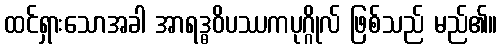
ထင်ရှားသောအခါ အာရဒ္ဓဝိပဿကပုဂ္ဂိုလ် ဖြစ်သည် မည်၏။